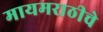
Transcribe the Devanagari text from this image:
मायमराठीचे